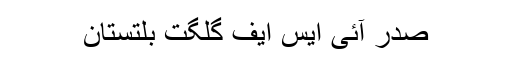
صدر آئی ایس ایف گلگت بلتستان